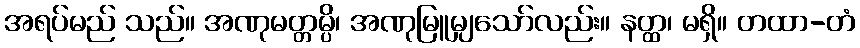
အရပ်မည် သည်။ အဏုမတ္တမ္ပိ၊ အဏုမြူမျှသော်လည်း။ နတ္ထ၊ မရှိ။ တထာ-တံ